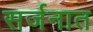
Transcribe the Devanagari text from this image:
सर्जनात